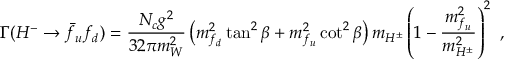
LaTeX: \Gamma ( H ^ { - } \to \bar { f } _ { u } f _ { d } ) = \frac { N _ { c } g ^ { 2 } } { 3 2 \pi m _ { W } ^ { 2 } } \left( m _ { f _ { d } } ^ { 2 } \tan ^ { 2 } \beta + m _ { f _ { u } } ^ { 2 } \cot ^ { 2 } \beta \right) m _ { H ^ { \pm } } \left( 1 - \frac { m _ { f _ { u } } ^ { 2 } } { m _ { H ^ { \pm } } ^ { 2 } } \right) ^ { 2 } \ ,